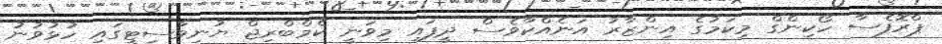
ޕްރޮފެސާ ހޯކިންގް މިކަމުގެ އިންޒާރު އަނެއްކާވެސް ދީފައި މިވަނީ ކެމްބްރިޖް ޔުނިވާސިޓީގައި ހުޅުވުނު